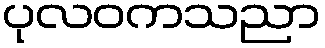
ပုလဝကသညာ